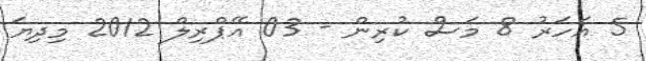
5 އަހަރު 8 މަސް ކުރިން - 03 އޭޕްރިލް 2012 މިދިޔަ